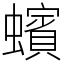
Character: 蠙